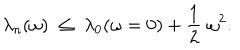
LaTeX: \lambda _ { n } ( \omega ) \; \leq \; \lambda _ { 0 } ( \omega = 0 ) + { \frac { 1 } { 2 } } \; \omega ^ { 2 } .